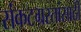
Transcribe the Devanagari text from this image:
संकटग्रस्तांसाठी